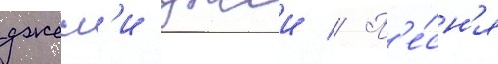
джесс'и джеи // П'е́сн'я